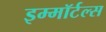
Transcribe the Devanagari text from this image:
इम्मॉर्टल्स